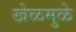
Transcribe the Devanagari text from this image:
खेळमुळे